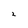
Character: 2